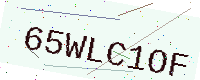
Text: 65WLC1OF